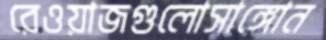
রেওয়াজগুলোসাঙ্গোন